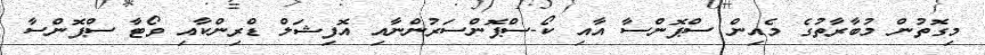
މިގޮތުން މުބާރާތުގެ މެއިން ސްޕޮންސާ އާއި ކޯ-ސްޕޮންސަރުންނާއި އޮފިޝަލް ޑްރިންކާއި ވޯޓާ ސްޕޮންސާ